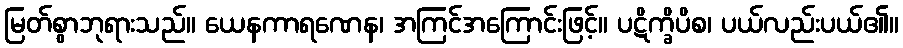
မြတ်စွာဘုရားသည်။ ယေနကာရဏေန၊ အကြင်အကြောင်းဖြင့်။ ပဋိက္ခိပိစ၊ ပယ်လည်းပယ်၏။